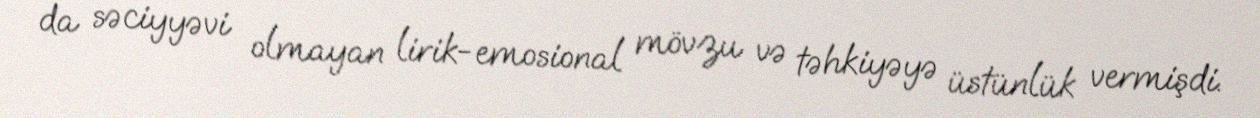
da səciyyəvi olmayan lirik-emosional mövzu və təhkiyəyə üstünlük vermişdi.